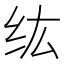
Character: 纮